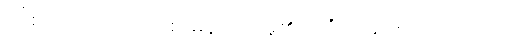
ဤစကားကို။ အဝေါစ၊ မိန့်တော်မူ၏။ (ကိံ အဝေါစ၊ အဘယ်သို့